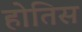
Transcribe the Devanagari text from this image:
होतिस